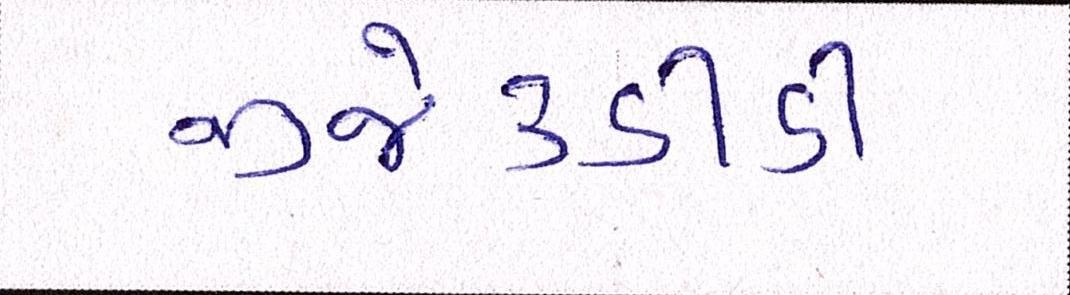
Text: જીજે૩ડીડી